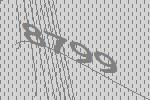
8799